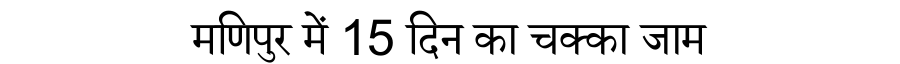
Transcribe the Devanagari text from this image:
मणिपुर में 15 दिन का चक्का जाम